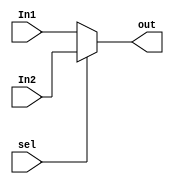
module MUX_2_to_1  #(parameter WIDTH =32) (
input        wire       [WIDTH-1:0]      In1,
input        wire       [WIDTH-1:0]      In2,
input        wire                        sel,

output       wire       [WIDTH-1:0]      out
);


assign out = (sel==1'b0) ? In1 : In2 ;

//always @(*) 
//begin
//    case (sel)
//       1'b0: out = In1;
//       1'b1: out = In2;
//    endcase
//end
endmodule